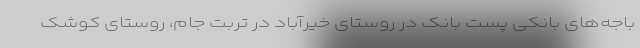
باجه‌های بانکی پست بانک در روستای خیرآباد در تربت جام، روستای کوشک